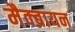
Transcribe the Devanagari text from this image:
मैक्ब्रायन